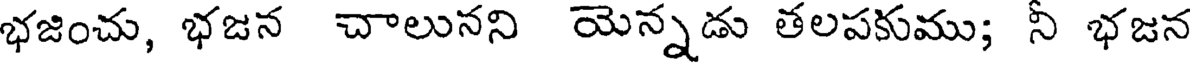
భజించు, భజన చాలునని యెన్నడు తలపకుము; నీ భజన